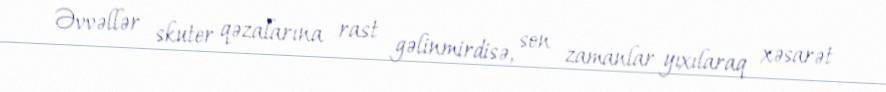
Əvvəllər skuter qəzalarına rast gəlinmirdisə, son zamanlar yıxılaraq xəsarət